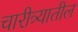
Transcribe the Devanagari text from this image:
चारीत्र्यातील